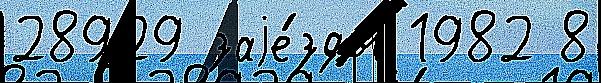
28929 заjе́зды 1982 8